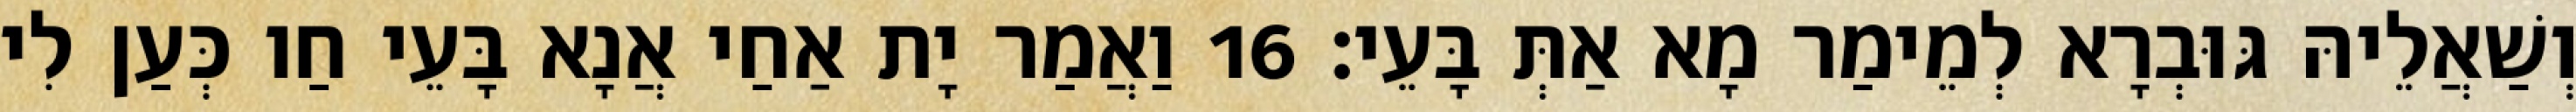
וְשַׁאֲלֵיהּ גּוּבְרָא לְמֵימַר מָא אַתְּ בָּעֵי׃ 16 וַאֲמַר יָת אַחַי אֲנָא בָּעֵי חַו כְּעַן לִי